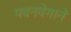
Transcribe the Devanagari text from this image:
पवनवेगाने